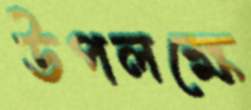
উপলক্ষে